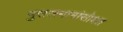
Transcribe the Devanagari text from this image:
मुसलमानांसोबत